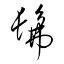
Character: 髴